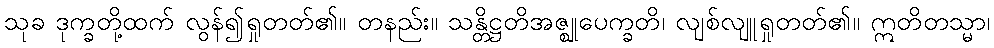
သုခ ဒုက္ခတို့ထက် လွန်၍ရှုတတ်၏။ တနည်း။ သန္တိဋ္ဌတိအဇ္ဈုပေက္ခတိ၊ လျစ်လျူရှုတတ်၏။ ဣတိတသ္မာ၊